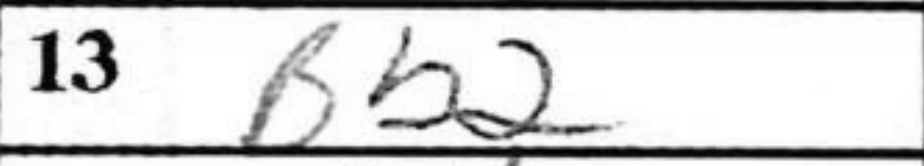
Transcription: Bb2